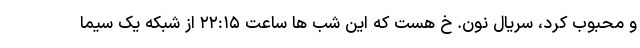
و محبوب کرد، سریال نون. خ هست که این شب ها ساعت ۲۲:۱۵ از شبکه یک سیما